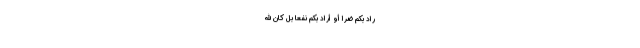
َرَادَ بِكُمْ ضَرًّا أَوْ أَرَادَ بِكُمْ نَفْعًا بَلْ كَانَ اللَّهُ